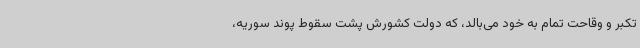
تکبر و وقاحت تمام به خود می‌بالد، که دولت کشورش پشت سقوط پوند سوریه،